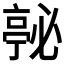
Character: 𭞇